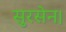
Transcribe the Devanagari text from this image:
सुरसेन।